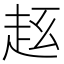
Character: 𧺦